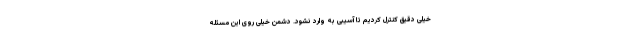
خیلی دقیق کنترل کردیم تا آسیبی به وارد نشود. دشمن خیلی روی این مسئله